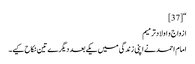
“[37]
ازواج و اولادترمیم
امام احمد نے اپنی زندگی میں یکے بعد دیگرے تین نکاح کیے۔